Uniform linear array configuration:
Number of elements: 8
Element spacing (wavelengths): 0.75
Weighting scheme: kaiser
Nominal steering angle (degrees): -30
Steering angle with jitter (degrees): -29.072
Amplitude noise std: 0.05
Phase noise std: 0.05

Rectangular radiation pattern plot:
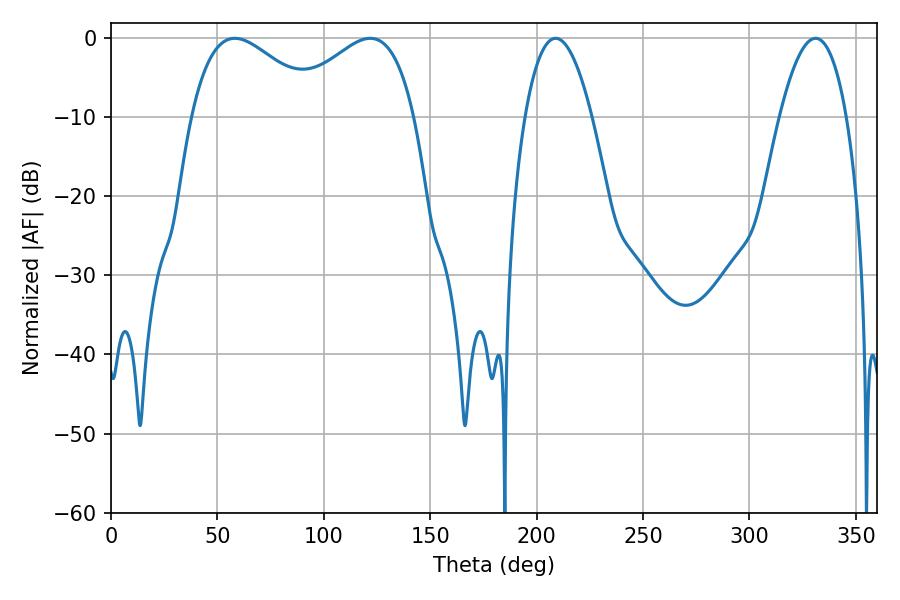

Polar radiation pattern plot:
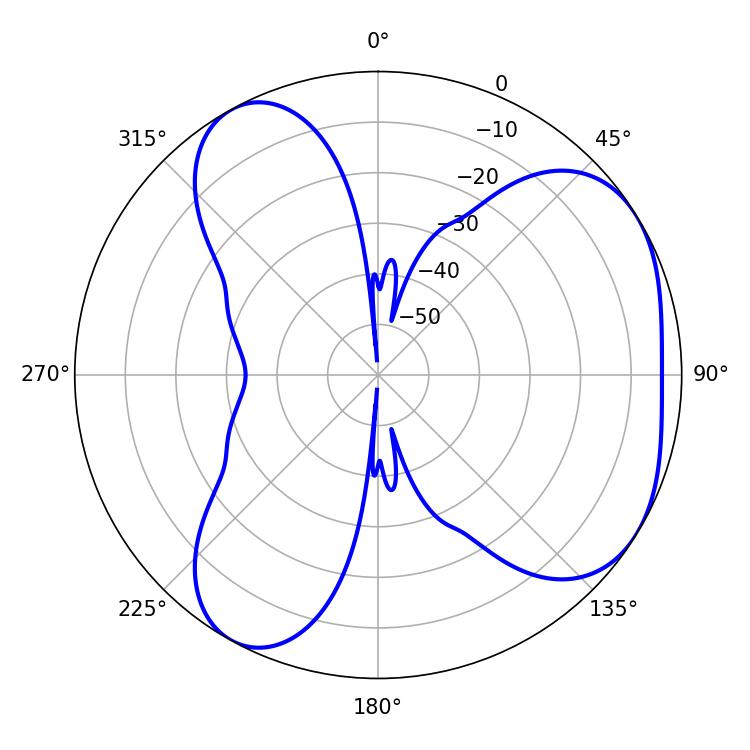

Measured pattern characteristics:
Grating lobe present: TRUE
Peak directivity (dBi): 4.55
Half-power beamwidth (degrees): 33.3
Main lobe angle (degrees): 58.14